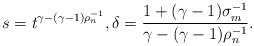
LaTeX: \begin{align*} s=t^{\gamma-(\gamma-1)\rho_n^{-1}}, \delta=\frac{1+(\gamma-1)\sigma_m^{-1}}{\gamma-(\gamma-1)\rho_n^{-1}}.\end{align*}